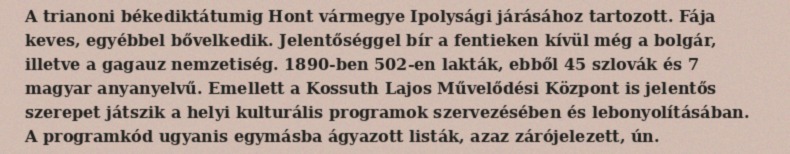
A trianoni békediktátumig Hont vármegye Ipolysági járásához tartozott. Fája keves, egyébbel bővelkedik. Jelentőséggel bír a fentieken kívül még a bolgár, illetve a gagauz nemzetiség. 1890-ben 502-en lakták, ebből 45 szlovák és 7 magyar anyanyelvű. Emellett a Kossuth Lajos Művelődési Központ is jelentős szerepet játszik a helyi kulturális programok szervezésében és lebonyolításában. A programkód ugyanis egymásba ágyazott listák, azaz zárójelezett, ún.